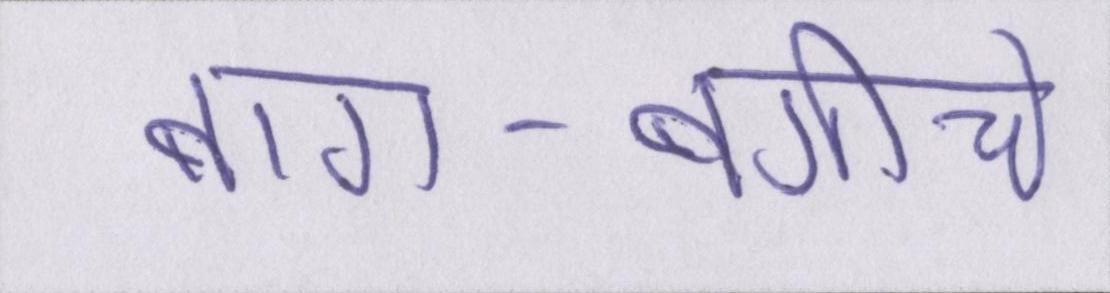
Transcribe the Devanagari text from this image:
बाग-बगीचे